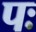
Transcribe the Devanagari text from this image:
पः